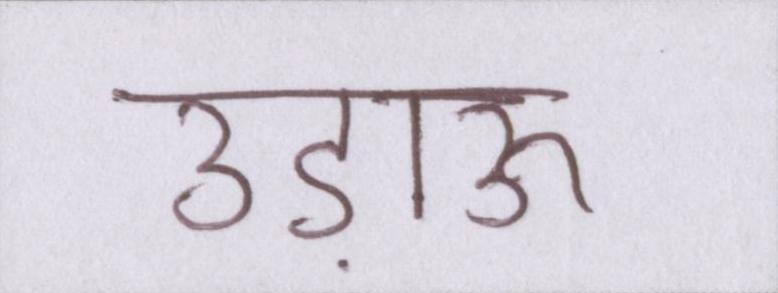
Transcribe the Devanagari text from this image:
उड़ाऊ